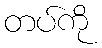
တပ်ကို